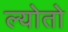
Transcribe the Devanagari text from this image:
ल्योतो